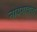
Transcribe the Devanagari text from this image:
नायगावला